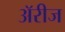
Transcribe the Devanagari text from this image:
अॅरीज